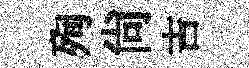
殉尚吉